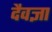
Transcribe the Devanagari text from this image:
दैवज्ञा